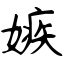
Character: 嫉